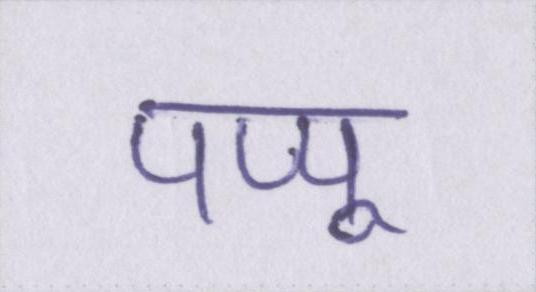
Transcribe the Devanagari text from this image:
पप्पू